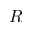
R